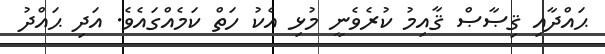
ޙައްދާއި ޤިޞާޞް ޤާއިމު ކުރެވެނީ މުޅި އެކު ހަތް ކަމެއްގައެވެ. އަދި ޙައްދު